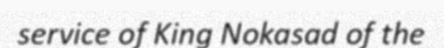
service of King Nokasad of the